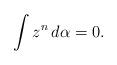
LaTeX: \begin{align*}\int z^{n}\,d\alpha=0.\end{align*}